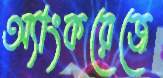
অ্যাংকরেজে